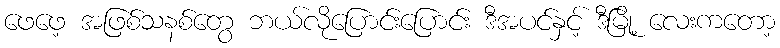
ဖေဖေ့ အဖြစ်သနစ်တွေ ဘယ်လိုပြောင်းပြောင်း ဒီအပင်နှင့် ဒီမြို့ လေးကတော့